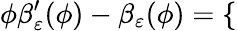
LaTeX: \phi\beta_{\varepsilon}^{\prime}(\phi)-\beta_{\varepsilon}(\phi)=\left\{ \begin{array}{rlrl}\end{array}\right.